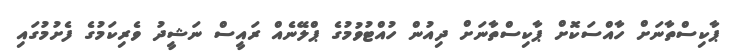
ޕާކިސްތާނަށް ހާއްސަކޮށް ޕާކިސްތާނަށް ދިއުން ހުއްޓުވުމުގެ ޕްލޭނެއް ރައީސް ނަޝީދު ވެރިކަމުގެ ފެށުމުގައި